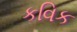
કવિક